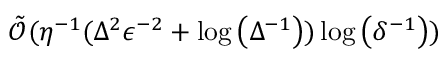
\tilde { \mathcal { O } } ( \eta ^ { - 1 } ( \Delta ^ { 2 } \epsilon ^ { - 2 } + \log \left( \Delta ^ { - 1 } \right) ) \log \left( \delta ^ { - 1 } \right) )